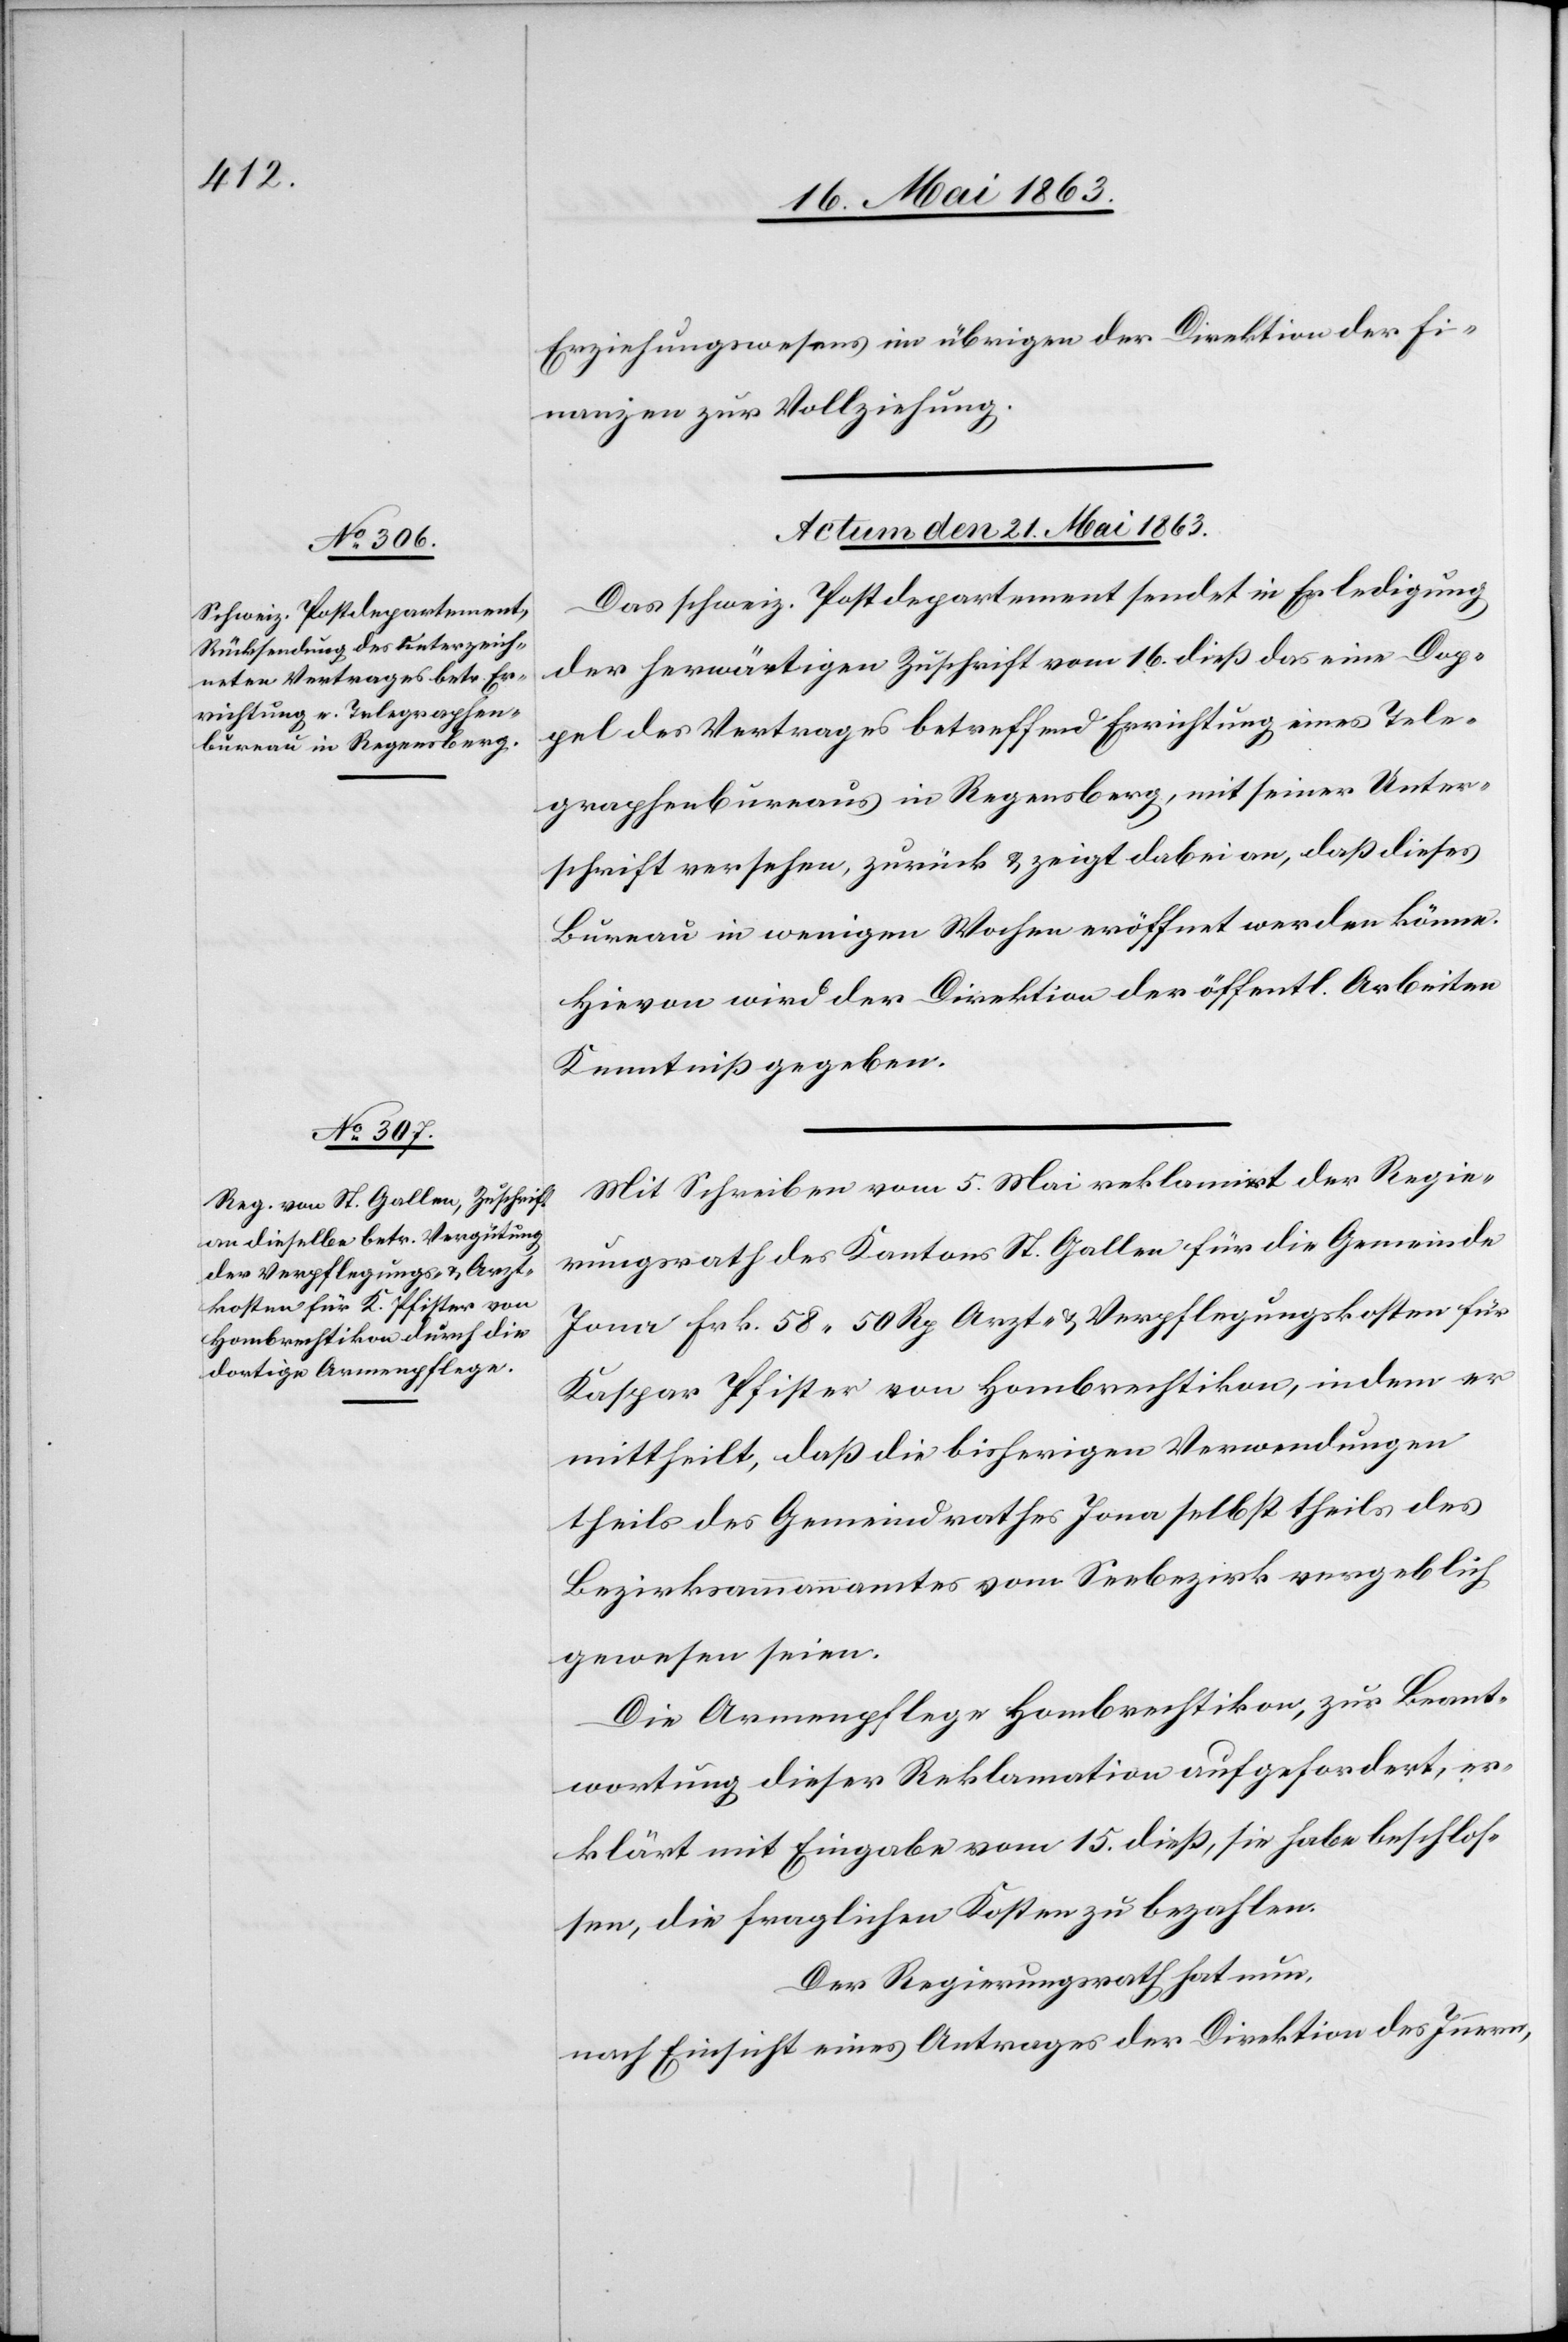
Erziehungswesens im übrigen der Direktion der Fi¬
nanzen zur Vollziehung.
Actum den 21. Mai 1863.]
Das schweiz. Postdepartement sendet in Erledigung
der herwärtigen Zuschrift vom 16. dieß das eine Dop¬
pel des Vertrages betreffend Errichtung eines Tele¬
graphenbureaus in Regensberg, mit seiner Unter¬
schrift versehen, zurück & zeigt dabei an, daß dieses
Bureau in wenigen Wochen eröffnet werden könne.
Hievon wird der Direktion der öffentl. Arbeiten
Kenntniß gegeben.
Mit Schreiben vom 5. Mai reklamirt der Regie¬
rungsrath des Kantons St. Gallen für die Gemeinde
Jona Frk. 58. 50 Rp Arzt- & Verpflegungskosten für
Kaspar Pfister von Hombrechtikon, indem er
mittheilt, daß die bisherigen Verwendungen
theils des Gemeindrathes Jona selbst theils des
Bezirksammannamtes vom Seebezirk vergeblich
gewesen seien.
Die Armenpflege Hombrechtikon, zur Beant¬
wortung dieser Reklamation aufgefordert, er¬
klärt mit Eingabe vom 15. dieß, sie habe beschlos¬
sen, die fraglichen Kosten zu bezahlen.
Der Regierungsrath hat nun,
nach Einsicht eines Antrages der Direktion des Innern,